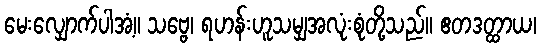
မေးလျှောက်ပါအံ့။ သဗ္ဗေ၊ ရဟန်းဟူသမျှအလုံးစုံတို့သည်။ ဧတဒတ္ထာယ၊